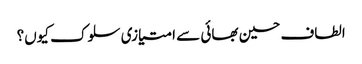
الطاف حسین بھائی سے امتیازی سلوک کیوں؟